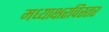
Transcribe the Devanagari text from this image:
मध्याक्षरविस्तर